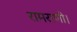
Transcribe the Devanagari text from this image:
रामराणी।